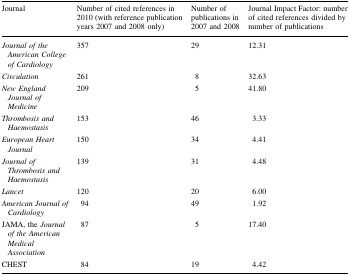
<table><thead><tr><td><b>Journal</b></td><td><b>Number of cited references in 2010 (with reference publication years 2007 and 2008 only)</b></td><td><b>Number of publications in 2007 and 2008</b></td><td><b>Journal Impact Factor: number of cited references divided by number of publications</b></td></tr></thead><tbody><tr><td><i>Journal of the American College of Cardiology</i></td><td>357</td><td>29</td><td>12.31</td></tr><tr><td><i>Circulation</i></td><td>261</td><td>8</td><td>32.63</td></tr><tr><td><i>New England Journal of Medicine</i></td><td>209</td><td>5</td><td>41.80</td></tr><tr><td><i>Thrombosis and Haemostasis</i></td><td>153</td><td>46</td><td>3.33</td></tr><tr><td><i>European Heart Journal</i></td><td>150</td><td>34</td><td>4.41</td></tr><tr><td><i>Journal of Thrombosis and Haemostasis</i></td><td>139</td><td>31</td><td>4.48</td></tr><tr><td><i>Lancet</i></td><td>120</td><td>20</td><td>6.00</td></tr><tr><td><i>American Journal of Cardiology</i></td><td>94</td><td>49</td><td>1.92</td></tr><tr><td>JAMA, the <i>Journal of the American Medical Association</i></td><td>87</td><td>5</td><td>17.40</td></tr><tr><td>CHEST</td><td>84</td><td>19</td><td>4.42</td></tr></tbody></table>